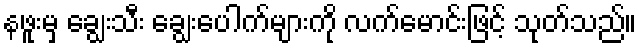
နဖူးမှ ချွေးသီး ချွေးပေါက်များကို လက်မောင်းဖြင့် သုတ်သည်။